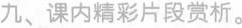
九、课内精彩片段赏析。